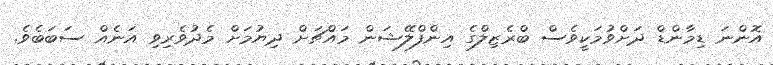
އޮންނަ ޑިމާންޑް ދަށްވުމަކީވެސް ބްރެޒިލްގެ އިންފްލޭޝަން މައްޗަށް ދިޔުމަށް މެދުވެރިވި އަނެއް ސަބަބެވެ.